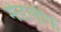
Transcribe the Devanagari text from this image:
मेडलीफ